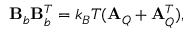
\mathbf { B } _ { b } \mathbf { B } _ { b } ^ { T } = k _ { B } T ( \mathbf { A } _ { Q } + \mathbf { A } _ { Q } ^ { T } ) ,